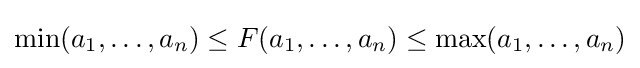
\min(a_{1},\ldots ,a_{n})\leq F(a_{1},\ldots ,a_{n})\leq \max(a_{1},\ldots ,a_{n})